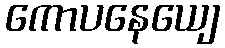
ကောပနေယျေ